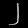
Digit: ၂